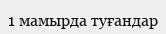
1 мамырда туғандар